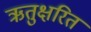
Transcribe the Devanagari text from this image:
ऋतुक्षरित